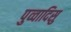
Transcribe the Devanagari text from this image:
पुव्वादिसु